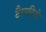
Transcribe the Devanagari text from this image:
टैरनटिनो